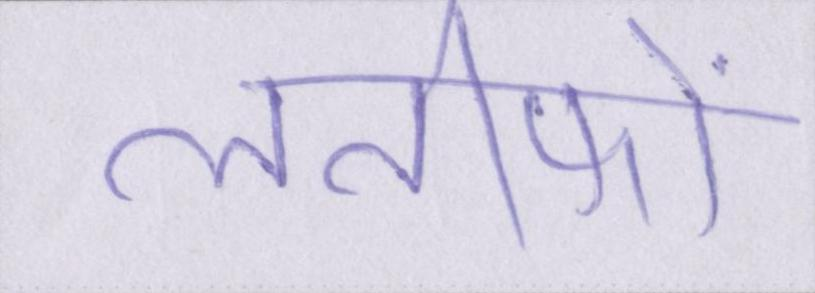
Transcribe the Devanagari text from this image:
लतीफों